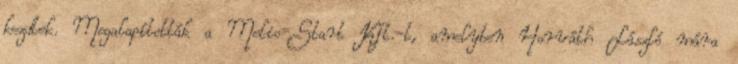
kezdtek. Megalapították a Melio-Start Kft.-t, amelyben Horváth László mára